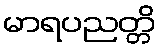
မာရပညတ္တိ